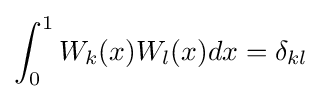
\int _{0}^{1}W_{k}(x)W_{l}(x)dx=\delta _{kl}